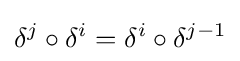
\delta ^{j}\circ \delta ^{i}=\delta ^{i}\circ \delta ^{j-1}